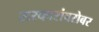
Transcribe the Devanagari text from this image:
सरकारांबरोबर